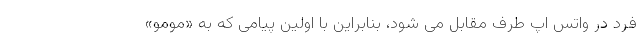
فرد در واتس اپ طرف مقابل می شود، بنابراین با اولین پیامی که به «مومو»